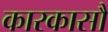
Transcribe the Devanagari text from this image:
कारकासौं